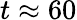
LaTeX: t\approx 60